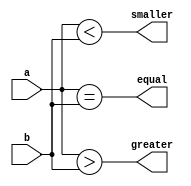

module comparator_nbit 
    // Parameters section
   #( parameter N = 4)
    // Ports section
   (input [N-1:0] a,
    input [N-1:0] b,
    output reg smaller,
    output reg equal,
    output reg greater
   );
  
    // Wildcard operator is best for the procedure's
    // sensitivity list (control list)
    always @(*) begin
        smaller = (a < b);
        equal   = (a == b);
        greater = (a > b);
    end  
  
endmodule



`timescale 1us/1ns
module tb_comparator_nbit();
	
    parameter CMP_WIDTH = 12;
    reg  [CMP_WIDTH-1:0] a;
    reg  [CMP_WIDTH-1:0] b;
    wire smaller;
    wire equal;
    wire greater;
	
    // Instantiate the parameterized DUT
    comparator_nbit 
    #(.N(CMP_WIDTH))
    CMP1
    (
        .a      (a      ),
        .b      (b      ),
        .smaller(smaller),
        .equal  (equal  ),
        .greater(greater)
    );
  
    // Create stimulus
    initial begin
        $monitor($time, " a = %d, b = %d, smaller = %d, equal = %d, greater = %d",
                        a, b, smaller, equal, greater);
        #1; a = 0  ; b = 0  ;
        #2; a = 5  ; b = 99 ;
        #1; a = 66 ; b = 66 ;
        #1; a = 100; b = 47 ;
		#1; $stop;
    end
  
endmodule